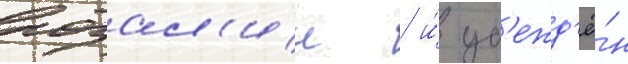
розал'ин / и́ уб'ежд'ё́н